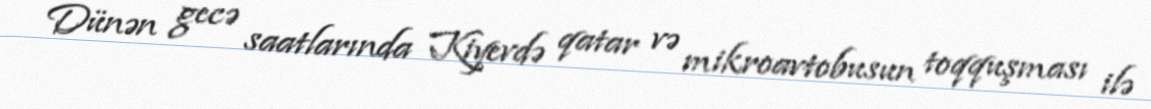
Dünən gecə saatlarında Kiyevdə qatar və mikroavtobusun toqquşması ilə